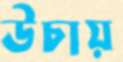
উচায়